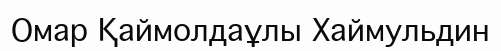
Омар Қаймолдаұлы Хаймульдин